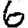
Digit: 6